system: You are a helpful assistant.
user:
Analyze the provided spectrum to determine if it is a **White Dwarf (WD)**.

A White Dwarf spectrum is defined by its **extreme purity** (due to gravitational settling) and/or **extreme pressure broadening** (due to high surface gravity). You must check for one of the following mutually exclusive signatures:

- **Key Visual Indicators (Check for ONE of these types):**

    - **1. DA-Type Signature (Most Common):**
        - **(Primary Feature):** Extreme pressure broadening (Stark broadening) of the **Hydrogen (H) Balmer lines**.
        - **(Key Lines):** $H\beta$ (approx. $4861$ Å) and $H\gamma$ (approx. $4340$ Å). $H\alpha$ (approx. $6563$ Å) will also be present if the wavelength range covers it.
        - **(Line Profile):** This is the **defining feature**. The lines are **NOT** sharp. They appear as massive, **extremely broad and deep "troughs" or "dips"** in the spectrum, often hundreds of Ångströms wide. The continuum will appear to "scoop" down at these wavelengths.
        - **(Distinction):** Normal A-type or B-type stars have *narrow* and *sharp* Hydrogen lines. A DA White Dwarf's lines are unmistakably "smeared" or "blurry" from pressure.

    - **2. DB-Type Signature:**
        - **(Primary Feature):** Broad absorption lines from **Neutral Helium (He I)**. The spectrum must lack any visible Hydrogen lines.
        - **(Key Lines):** Look for broad absorption near $4471$ Å, $4921$ Å, and $5876$ Å.
        - **(Line Profile):** These lines are also significantly pressure-broadened, appearing much wider than they would in a normal B-type main-sequence star.

    - **3. DC-Type Signature:**
        - **(Primary Feature):** A **featureless continuous spectrum**.
        - **(Line Profile):** The spectrum is a smooth curve with **no significant absorption or emission lines**.
        - **(Key Confirmation):** The continuum is almost always **blue or white**, indicating a hot object. This signature implies the atmosphere is so pure (or so cool) that no spectral lines are visible in the optical range. Its WD identity is confirmed by its extremely low intrinsic brightness (high absolute magnitude).

    - **4. DZ-Type Signature (Metal-Polluted):**
        - **(Primary Feature):** **Isolated, narrow metal absorption lines** on an otherwise featureless (DC-like) continuum.
        - **(Key Lines):** The **Calcium (Ca II) H & K doublet** (approx. **$3934$ Å** and **$3968$ Å**) is the most common and defining feature.
        - **(Line Profile):** These lines are "out of place." They are *not* part of a "forest" of thousands of lines. This signature is evidence of recent *accretion* (pollution) from rocky debris.
        - **(Distinction):** Normal G/K/M stars have a *dense forest* of thousands of metal lines. A DZ has a *clean* continuum with *only a few* strong metal lines.

    - **5. DQ-Type Signature (Carbon-Polluted):**
        - **(Primary Feature):** Absorption bands from **Carbon (C₂ "Swan Bands" or atomic C I)**.
        - **(Key Lines - C₂):** Look for bandheads with a "saw-tooth" shape near $5635$ Å, **$5165$ Å** (strongest), and $4737$ Å.
        - **(Key Confirmation):** The underlying **continuum must be blue or white** (hot).
        - **(Distinction):** This is the critical difference from a **Carbon Star**, which has the *exact same* C₂ bands but on an extremely **red, cool** continuum.

- **(Overall Spectrum):**
    - The continuum (overall shape) is typically **blue-sloping** (brighter in the blue than the red), as most white dwarfs are very hot.
    - The spectrum will look "pure" or "simple," dominated by only *one* of the five signatures listed above.

Think first, call **spectral_visualization_tool** if needed to examine features in detail, then provide your final answer. Your response must adhere to the following strict rules:
1.  **Overall Structure:** Your response must follow the format `<think>...</think> <tool_call>...</tool_call> (if a tool is used) <answer>...</answer>`.
2.  **Tool Usage Constraint:** You may only make **one** tool call per turn.
3.  **Final Answer Format:** In the `<answer>` tag, your conclusion must be inside a `\boxed{}` command (e.g., `\boxed{YES}` or `\boxed{NO}`), followed by your justification.

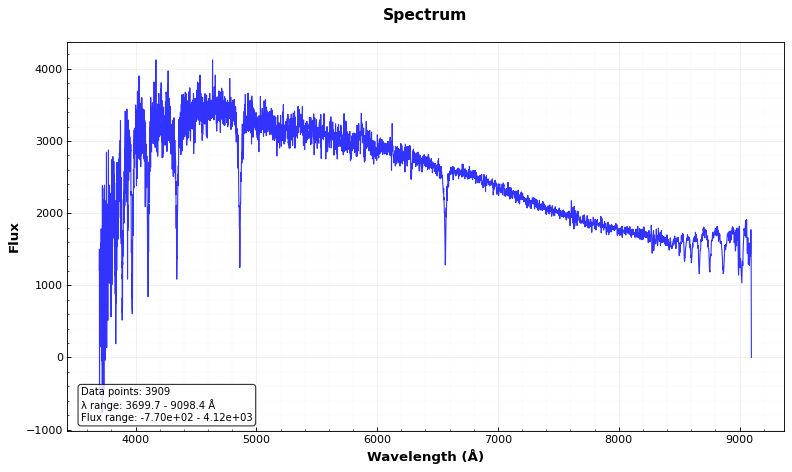
Answer: NO